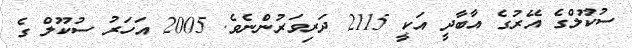
ސުކޫލްގެ އޭރުގެ އާބާދީ އަކީ 2115 ދަރިވަރުންނެވެ. 2005 އަހަރު ސުކޫލް ގެ